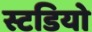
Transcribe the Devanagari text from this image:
स्टडियो